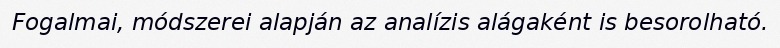
Fogalmai, módszerei alapján az analízis alágaként is besorolható.